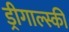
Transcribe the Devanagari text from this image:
ड्रीगाल्स्की